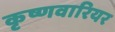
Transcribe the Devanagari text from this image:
कृष्णवारियर